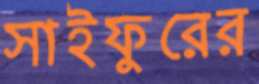
সাইফুরের